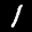
Label: 1